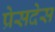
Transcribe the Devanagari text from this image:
प्रेसदेस